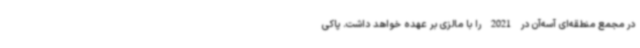
در مجمع منطقه‌ای آسه‌آن در 2021 را با مالزی بر عهده خواهد داشت. پاکی